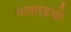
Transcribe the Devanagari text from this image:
पलतडचो